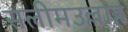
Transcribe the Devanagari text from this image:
सलीमउल्लाह